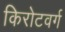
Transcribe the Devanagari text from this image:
किरोटवर्ग